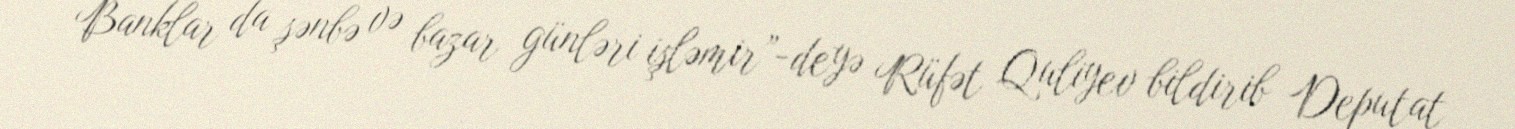
Banklar da şənbə və bazar günləri işləmir”-deyə Rüfət Quliyev bildirib Deputat